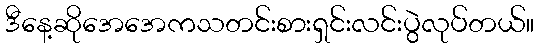
ဒီနေ့ဆိုအေအေကသတင်းစားရှင်းလင်းပွဲလုပ်တယ်။